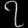
Digit: ၇